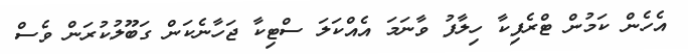
އެހެން ކަމުން ޓްރެފިކާ ހިލާފު ވާނަމަ އެއްކަލަ ސްޓިކާ ޖަހާނެކަން ގަބޫލުކުރަން ވެސް